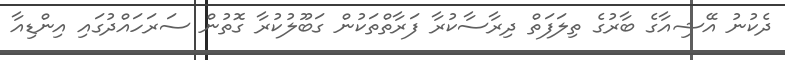
ދެކުނު އޭޝިއާގެ ބާރުގެ ތިލަފަތް ދިރާސާކުރާ ފަރާތްތަކުން ގަބޫލުކުރާ ގޮތުން ސަރަހައްދުގައި އިންޑިއާ